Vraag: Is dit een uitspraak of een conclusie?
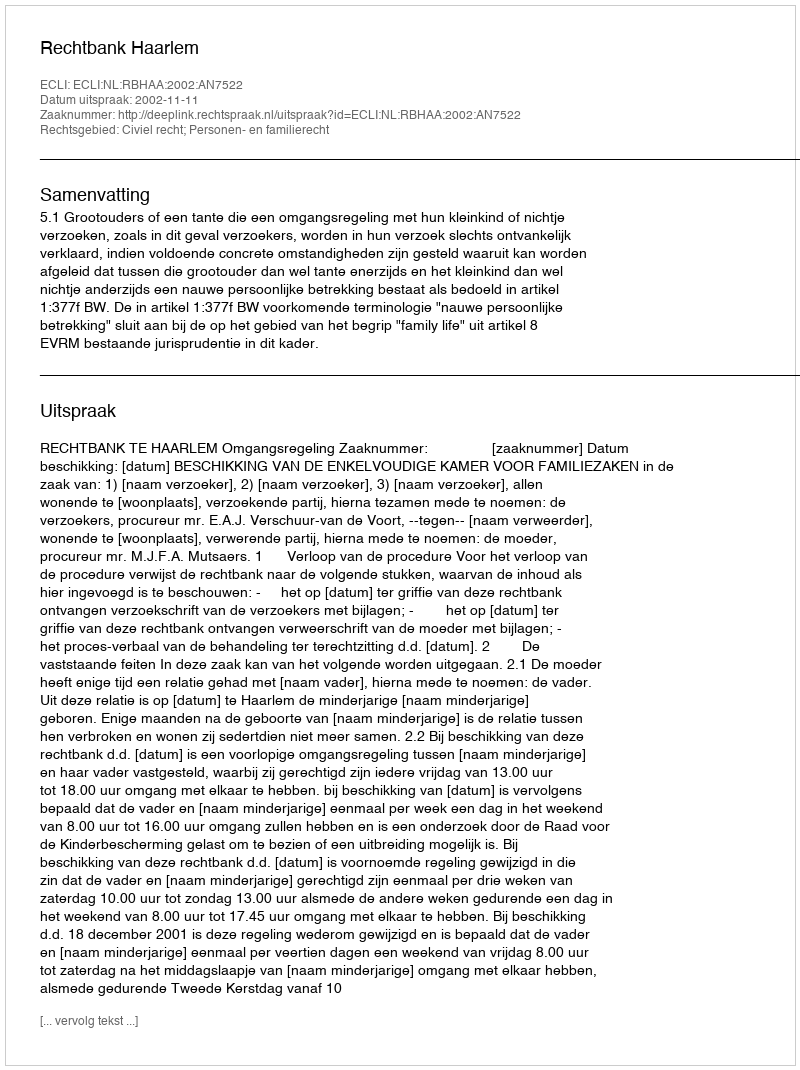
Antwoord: Uitspraak